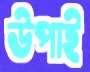
উপাই